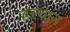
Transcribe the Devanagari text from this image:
उत्त्थान